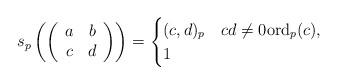
LaTeX: \begin{align*} s_p \left(\left( \begin{array}{cc} a & b \\ c & d \end{array}\right)\right) = \begin{cases} (c,d)_p & cd \neq 0 \mathrm{ord}_p(c) , \\ 1 & \end{cases}\end{align*}